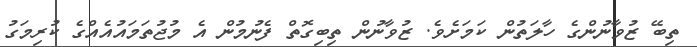
ތިބޭ ޒުވާނުންގެ ހާލަތުން ކަމަށެވެ. ޒުވާނުން ތިބިގޮތް ފެނުމުން އެ މުޖުތަމައުއެއްގެ ކުރިމަގު